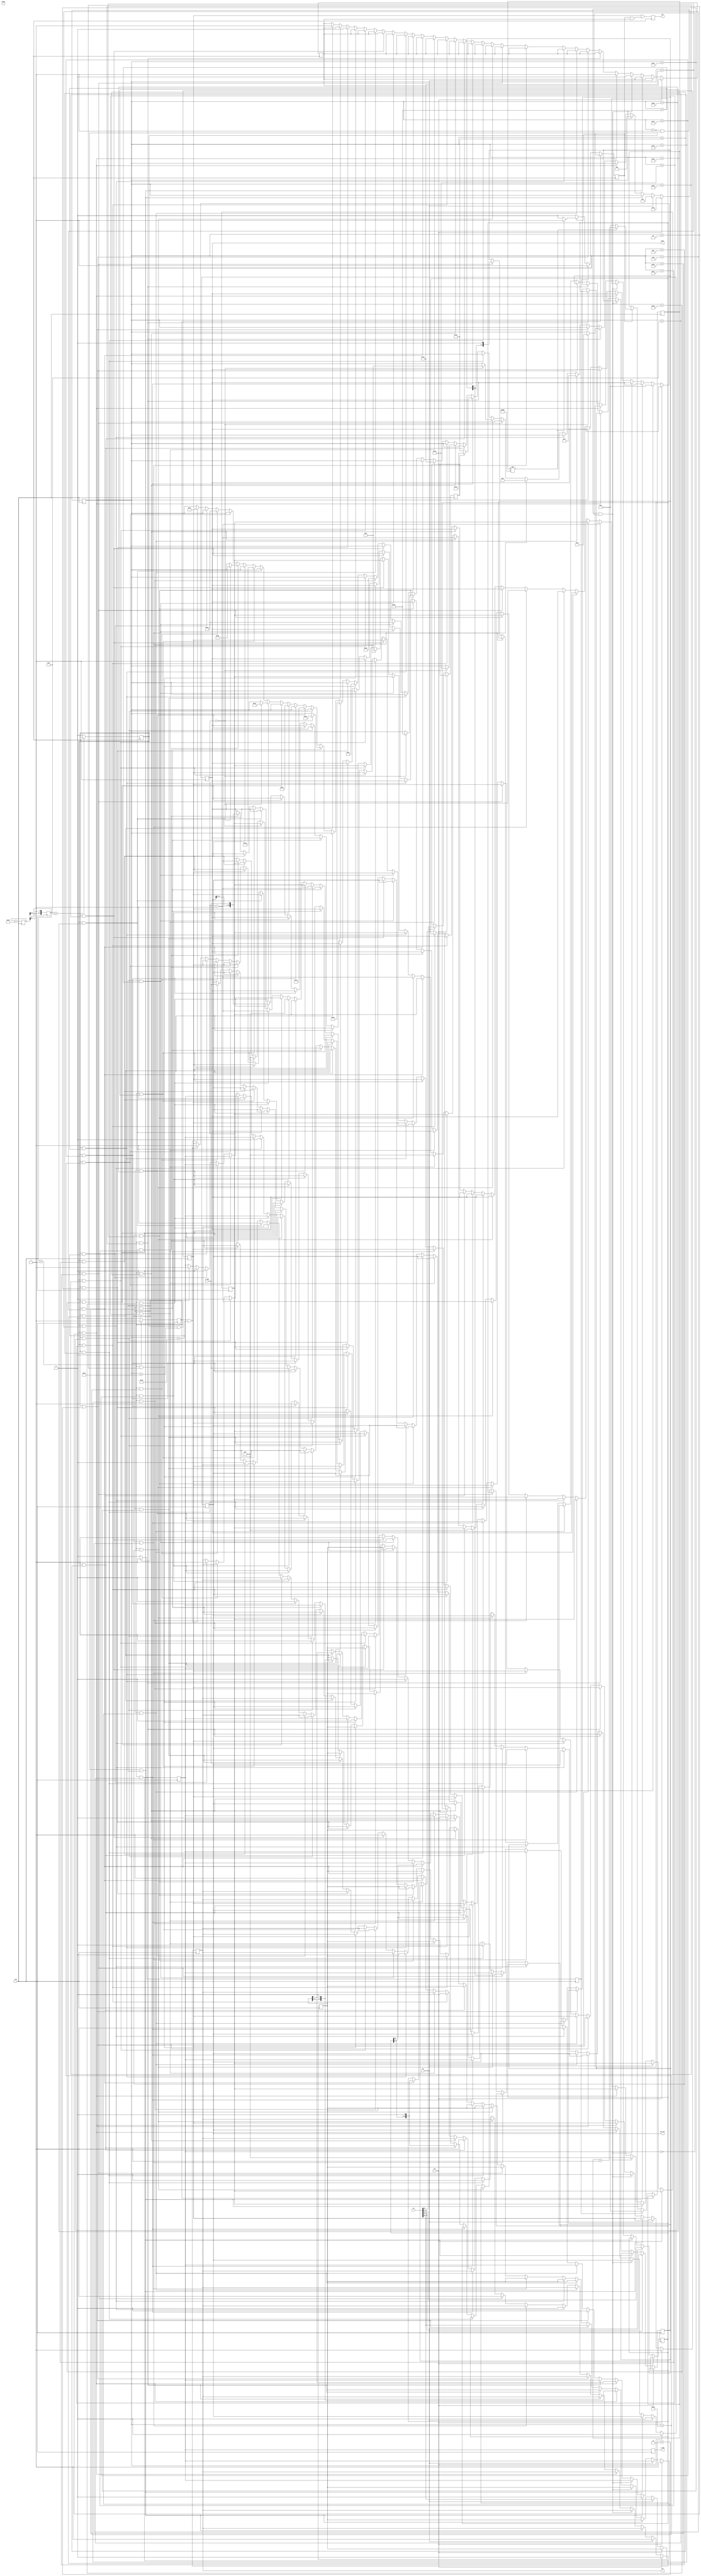
												 //-----------------------------------------------------------------------------
//
// Title       : i2c_master_v2
// Design      : Eth
// Company     : nasa
//
//-----------------------------------------------------------------------------
//
// Generated   : Wed Jan 16 10:26:01 2019
// From        : interface description file
// By          : Itf2Vhdl ver. 1.22
//
//-----------------------------------------------------------------------------
//
// Description : 
//
//-----------------------------------------------------------------------------
`timescale 1 ns / 1 ps

//{{ Section below this comment is automatically maintained
//   and may be overwritten
//{module {i2c_master_v2}}
module i2c_master_v2 (
	output wire asc_err,
	output wire [15:0] data,
	output wire ready,
	output wire scl,
	output wire o_sda,
	input wire  i_sda,
	output wire drv,
	input wire clk,
	input wire rst,
	input wire en,
	input wire [31:0] in
);

reg [7:0]  state=0;
reg [15:0] reg_data=0;	 
reg [15:0] sch=0;
reg [2:0] frnt=0; 
reg scl_pos=0;
reg scl_neg=0;
reg reg_scl=1;
reg reg_sda=1;
reg reg_drv=0;	 
reg [ 6:0] adr_i2c=0;
reg [ 7:0] adr_data=0;
reg [15:0] word_data=0;
reg reg_wr_rd=0;  
reg reg_scl_en=1;
reg [7:0] sch_faze=0;  
reg reg_ack=0; 
reg reg_scl_del=1;

reg reg_sda1=0;
reg reg_scl1=0;	  

reg false_scl=0;
reg [15:0] sch_scl=0; 
reg flag_scl_front=0;

assign 	data    = reg_data;
assign  asc_err = reg_ack;
assign  scl     = reg_scl1;
assign 	o_sda   = reg_sda1;
assign  drv     = reg_drv;

always @(posedge clk)  
	begin

		reg_scl1<=reg_scl_en|false_scl&reg_scl_del;
		reg_sda1<=reg_sda;

		sch<=sch+40;
		frnt<={frnt[1:0],sch[15]};
		
	if (frnt==3'b001)  scl_pos<=1; else scl_pos<=0;
	if (frnt==3'b110)  scl_neg<=1; else scl_neg<=0;	
	if (scl_pos) reg_scl<=1; else if (scl_neg) 	reg_scl<=0;
		
	if (scl_pos) flag_scl_front<=1; 
	else		
	if (flag_scl_front)  
		begin
			sch_scl<=0; 
			false_scl<=1;
			flag_scl_front<=0;
		end	else 
		if (false_scl)
			begin
				if (sch_scl!=256) sch_scl<=sch_scl+1; 
				else
					begin
					sch_scl<=0; 
					false_scl<=0;
					end				
			end	
	end
	
 always @(posedge clk)
	 if (rst)
		 begin
			state<=0;
			reg_sda<=1;
			reg_drv<=0;
			reg_ack<=0;	
			reg_scl_en<=1;
		 end
	 else
		 begin
			if (en)
				begin
				state<=1; // 
				adr_i2c  <=in[30:24];
				adr_data <=in[23:16];
				word_data<=in[15: 0]; 
				reg_wr_rd<=in[31]; 
				reg_drv<=1;//    
				reg_ack<=0;
				reg_data<=0;
				end	
			else
				 if ((state==1)&&(scl_pos))
				   begin
					 reg_sda<=0; 
				   end else
				 if ((state==1)&&(scl_neg)&&(reg_sda==0))
					 begin 
				  	 state<=2; //   i2c
					 sch_faze<=7;
				    reg_scl_en<=0;	
				    reg_scl_del<=0;
					 end else
				 if ((scl_neg)&&(state==2))
					 begin
					  reg_scl_del<=1;
					  adr_i2c<=adr_i2c<<1; 
					  reg_sda<=adr_i2c[6];					  
					 end else
				 if ((scl_pos)&&(state==2))
					 begin						 
					 sch_faze<=sch_faze-1; 
					 if (sch_faze==0) state<=3; //   /
					 end else 
				 if ((scl_neg)&&(state==3))
					 begin
					  adr_i2c  <=in[30:24];//  	 
					  reg_sda<=0; //  
					 end else
				  if ((scl_pos)&&(state==3))
					  begin
					  state<=4; //  ACKa
					  end else				 
				  if ((scl_neg)&&(state==4))
					 begin
					 reg_drv<=0;//   	
					 reg_sda<=1;
					 end else
				  if ((scl_pos)&&(state==4))
					  begin
					  reg_ack<=i_sda;//  SDA
					  state<=5;      //   
					  sch_faze<=7;   //   
					  end else
				  if ((scl_neg)&&(state==5))
					  begin
				   	  reg_drv <=1;//    
					  adr_data<=adr_data<<1; 
					  reg_sda <=adr_data[7];
					  end else
				  if ((scl_pos)&&(state==5))
					 begin
					 sch_faze<=sch_faze-1; 
					 if (sch_faze==0) state<=6; //  ACKa
					 end else 
				  if ((scl_neg)&&(state==6))
					 begin
					 reg_drv<=0;//   	
				     reg_sda<=0;
					 end else 				 
				  if ((scl_pos)&&(state==6))
					  begin
						//reg_ack<=i_sda;//  SDA 
						sch_faze<=7;   //   
			       if (reg_wr_rd==1)	state<=20;      //    -  
						else 	state<=200;      //    -  						
			  	    end else
				   if ((scl_neg)&&(state==200)) //       ,   
					   begin
						reg_drv <=1;//    
					    word_data<=word_data<<1; 
					    reg_sda <=word_data[15];   
					   end	else 
				  if ((scl_pos)&&(state==200))
					 begin
					 sch_faze<=sch_faze-1; 
					 if (sch_faze==0) state<=201; //  ACKa
					 end else 
				  if ((scl_neg)&&(state==201))
					 begin
					 reg_drv<=0;//   	
				     reg_sda<=0;
					 end else 				 
				  if ((scl_pos)&&(state==201))
					  begin
						//reg_ack<=i_sda;//  SDA 
						sch_faze<=7;   //   
				   	    state<=202;      //    -  
			  	    end else
				   if ((scl_neg)&&(state==202)) //  
					   begin
						reg_drv <=1;//    
					    word_data<=word_data<<1; 
					    reg_sda <=word_data[15];   
					   end	else 
				    if ((scl_pos)&&(state==202))
					 begin
					 sch_faze<=sch_faze-1; 
					 if (sch_faze==0) state<=203; //  ACKa
					 end else 
				  if ((scl_neg)&&(state==203))
					 begin
					 reg_drv<=0;//   	
				     reg_sda<=0;
					 end else 				 
				  if ((scl_pos)&&(state==203))
					  begin
						//reg_ack<=i_sda;//  SDA 
				   	    state<=27;      //  stop
			  	    end else
					 
					 
					  
				  if ((scl_neg)&&(state==20)) //    --     
					  begin
					    reg_drv<=1;    //   
					    reg_sda <=1; 						
					  end else	  
				   if ((scl_pos)&&(state==20))
					  begin
						reg_scl_en<=1;
						state<=41;      //
					    sch_faze<=6;
			  	    end else 
				   if ((scl_neg)&&(state==41))
					   begin
					   reg_sda <=1;	 
					   end else  
				   if ((scl_pos)&&(state==41))
					   begin 
					   reg_sda <=0; 
					   state<=31;      // 
					   end else	  
					  
				   if ((scl_neg)&&(state==31))
					   begin
					   reg_scl_en<=0;
					   reg_scl_del<=0; 				    
					   end else
				   if ((scl_pos)&&(state==31))
					   begin 					   
					   state<=21;      //   
					   end else			  
					  
				  if ((scl_neg)&&(state==21))	//   
					  begin	
					  reg_scl_del<=1;
					  adr_i2c<=adr_i2c<<1; 
					  reg_sda<=adr_i2c[6];	
					  end else	 
				   if ((scl_pos)&&(state==21))
					 begin						 
					 sch_faze<=sch_faze-1; 
					 if (sch_faze==0) state<=22; //   /
					 end else 
				   if ((scl_neg)&&(state==22))
					 begin
					  reg_sda<=1; //  
					 end else
					if ((scl_pos)&&(state==22))
					  begin
					  state<=23; //  ACKa
					  end else				 
				  if ((scl_neg)&&(state==23))
					 begin
					 reg_drv<=0;//   	
					 reg_sda<=1;
					 end else
				  if ((scl_pos)&&(state==23))
					  begin
					  reg_ack<=i_sda;//  SDA
					  state<=24;      //  
					  sch_faze<=7;   //   
					  end else 				  
				  if ((scl_neg)&&(state==24))
					  begin
				   	  reg_drv <=0;//    
					
					  end else
				  if ((scl_pos)&&(state==24))
					 begin
				     reg_data<={reg_data[14:0],i_sda};	 
					 sch_faze<=sch_faze-1; 
					 if (sch_faze==0) state<=25; // !!! ACKa
					 end else  
				  if ((scl_neg)&&(state==25))
					 begin
					 reg_drv<=1;//
					 reg_sda<=0;//  ACK to slave
					 end else 
				  if ((scl_pos)&&(state==25))
					 begin
					 
					 state<=26;      //   
					 sch_faze<=7;   //   
					 end else 
					 
				   if ((scl_neg)&&(state==26))
					  begin
				   	  reg_drv <=0;//   
					  reg_sda<=1;	 
					
					  end else
				  if ((scl_pos)&&(state==26))
					 begin 
				     reg_data<={reg_data[14:0],i_sda};	 
					 sch_faze<=sch_faze-1; 
					 if (sch_faze==0) state<=51; // !!! -    ACKa
					 end else 
				
				  if ((scl_neg)&&(state==51))
					 begin
					 reg_drv<=0;//	
					 end else 
					 
				  if ((scl_pos)&&(state==51))
					 begin
					 reg_ack<=i_sda;//  SDA
					 state<=27;
					 end else 					 
				  if ((scl_neg)&&(state==27))
					 begin
					 reg_drv<=1;//	
					 reg_sda<=0;
					 end else 
				  if ((scl_pos)&&(state==27))	// STOP
					 begin
					 reg_sda<=0;
					 state<=28;      //
					 reg_scl_en<=1;
					 end else 				
				  if ((scl_neg)&&(state==28))
					  begin
					   reg_sda<=1;					   
					  end 
					  
	 end
		 
	
	

endmodule